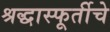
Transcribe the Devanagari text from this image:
श्रद्धास्फूर्तीचे